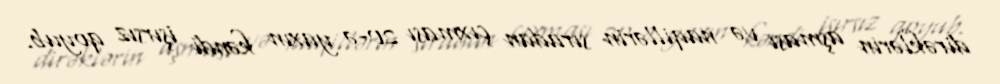
dirəklərin aşması və naqillərin sıradan çıxması 20-ə yaxın kəndi işırsız qoyub.